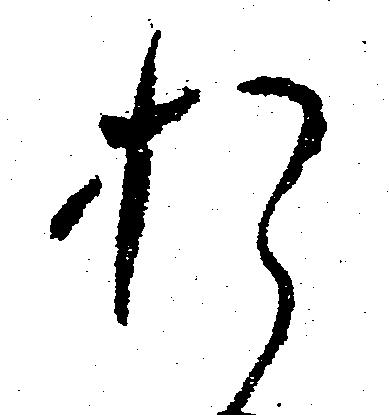
お